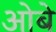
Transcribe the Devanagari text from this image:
ओबे